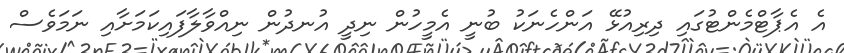
އެ އެޕާޓްމެންޓުގައި ދިރިއުޅޭ އަންހެނަކު ބުނީ އެމީހުން ނިދީ އުނދުން ނިއްވާލާފައިކަމަށާއި ނަމަވެސް